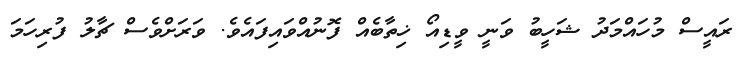
ރައީސް މުހައްމަދު ޝަހީބު ވަނީ ވީޑިއޯ ޚިތާބެއް ފޮނުއްވައިފައެވެ. ވަރަށްވެސް ޗާލު ފުރިހަމަ